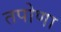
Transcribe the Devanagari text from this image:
तपोणा